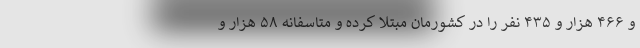
و ۴۶۶ هزار و ۴۳۵ نفر را در کشورمان مبتلا کرده و متاسفانه ۵۸ هزار و